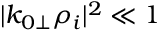
| k _ { 0 \perp } \rho _ { i } | ^ { 2 } \ll 1